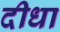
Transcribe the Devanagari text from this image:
दीधा